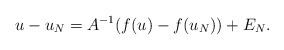
\begin{align*}u-u_N=A^{-1}(f(u)-f(u_N))+E_N. \end{align*}